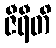
ဇီရီတိ